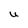
Character: U